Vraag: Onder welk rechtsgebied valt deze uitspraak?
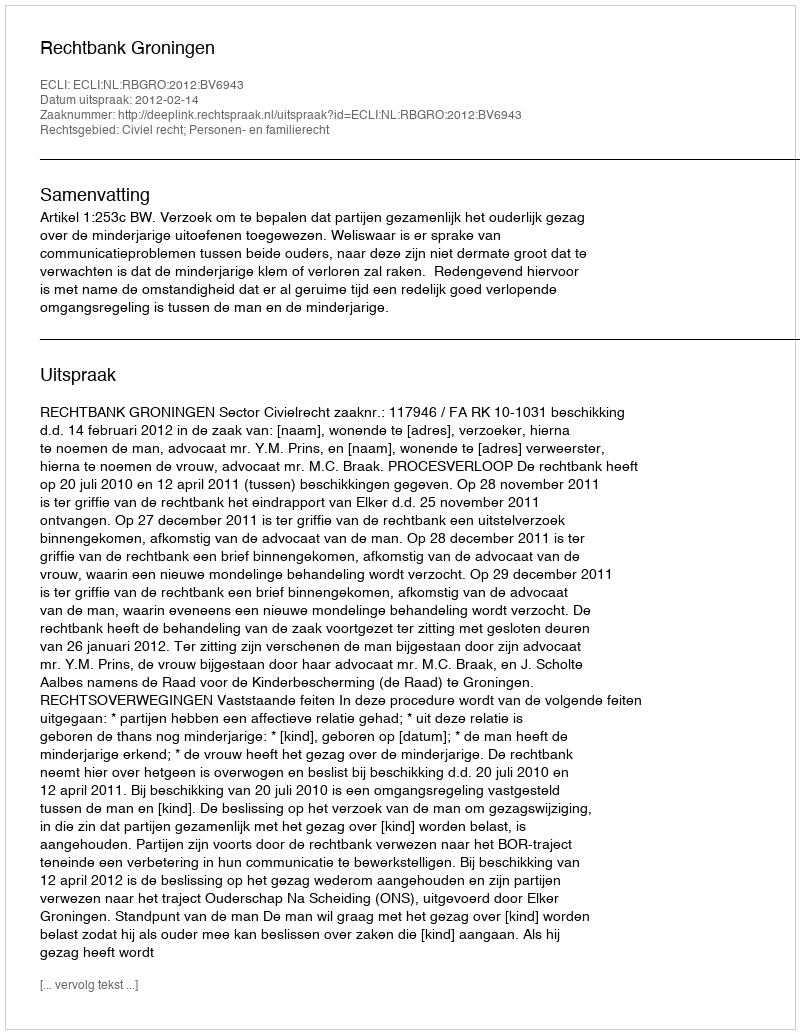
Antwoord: Civiel recht; Personen- en familierecht